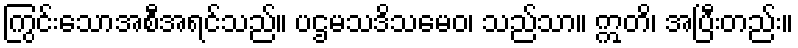
ကြွင်းသောအစီအရင်သည်။ ပဌမသဒိသမေဝ၊ သည်သာ။ ဣတိ၊ အပြီးတည်း။